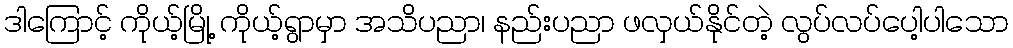
ဒါကြောင့် ကိုယ့်မြို့ ကိုယ့်ရွာမှာ အသိပညာ၊ နည်းပညာ ဖလှယ်နိုင်တဲ့ လွပ်လပ်ပေါ့ပါသော